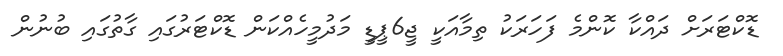
ޑޮކްޓަރަށް ދައްކާ ކޮންމެ ފަހަރަކު ތިމާއަކީ ޖީ6ޕީޑީ މަދުމީހެއްކަން ޑޮކްޓަރުގައި ގާތުގައި ބުނުން